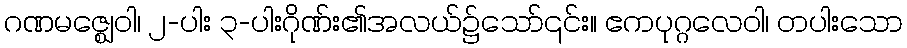
ဂဏမဇ္ဈေဝါ၊ ၂-ပါး ၃-ပါးဂိုဏ်း၏အလယ်၌သော်၎င်း။ ဧကပုဂ္ဂလေဝါ၊ တပါးသော